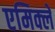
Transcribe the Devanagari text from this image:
एमिक्ले